Memorandum on the prevention of leprosy by segregation of the affected
Disease focus: Leprosy
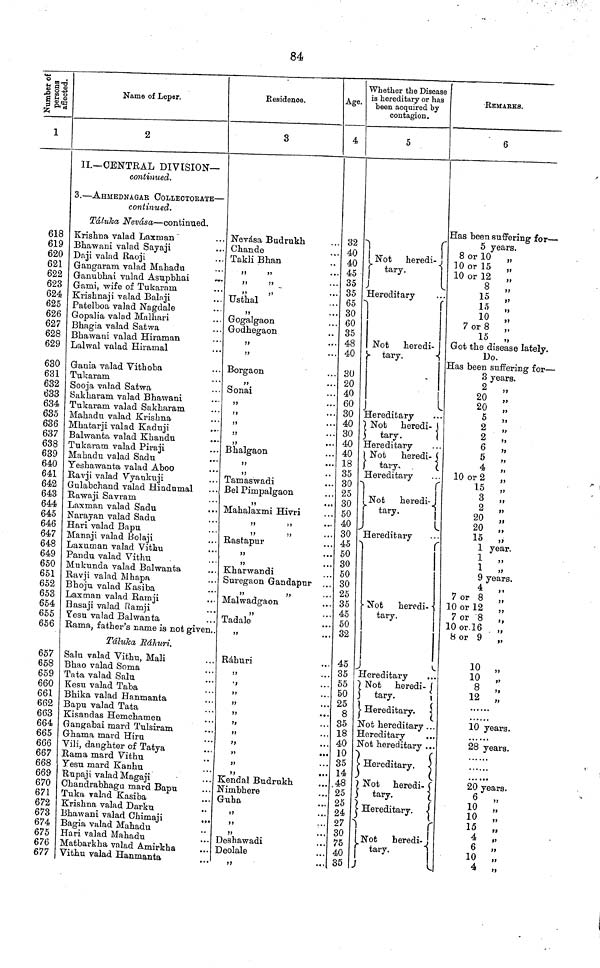
84
Number of
persons
affected.
1
618
619
620
621
622
623
624
625
626
627
628
629
630
631
632
633
634
635
636
637
638
639
640
641
642
643
644
645
646
647
648
649
650
651
652
653
654
655
656
657
658
659
660
661
662
663
664
665
666
667
668
669
670
671
672
673
674
675
676
677
Name of Leper.
2
II.— CENTRAL DIVISION—
continued.
3. — AHMEDNAGAR COLLECTORATE —
continued.
Táluka Nevása — continued,
Krishna valad Laxman
Bhawani valad Sayaji
Daji valad Raoji
Gangaram valad Mahadu
Ganubhai valad Asupbhai
Gami, wife of Tukaram
Krishnaji valad Balaji
Patelboa valad Nagdale
Gopalia valad Malhari
Bhagia valad Satwa
Bhawani valad Hiraman
Lalwal valad Hiramal
Gania valad Vitboba
Tukaram
Sooja valad Satwa
Sakharam valad Bhawani
Tukaram valad Sakharam
Mahadu valad Krishna
Mhatarji valad Kaduji
Balwanta valad Khandu
Tukaram valad Piraji
Mahadu valad Sadu
Yeshawanta valad Aboo
Ravji valad Vyankuji
Gulabchand valad Hindumal
Rawaji Savram
Laxman valad Sadu
Narayan valad Sadu
Hari valad Bapu
Manaji valad Bolaji
Laxuman valad Vithu
Pandu valad Vithu
Mukunda valad Balwanta
Ravji valad Mhapa
Bhoju valad Kasiba
Laxman valad Ramji
Hasaji valad Ramji
Yesu valad Balwanta
Rama, father's name is not given..
Táluka Ráhuri.
Salu valad Vithu, Mali
Bhao valad Soma
Tata valad Salu
Kesu valad Taba
Bhika valad Hanmanta
Bapu valad Tata
Kisandas Hemchamen
Gangabai mard Tulsiram
Ghama mard Hiru
Vili, daughter of Tatya
Rama mard Vithu
Yesu mard Kanhu
Rupaji valad Magaji
Chandrabhaga mard Bapu
Tuka valad Kasiba
Krishna valad Darku
Bhawani valad Chimaji
Bagia valad Mahadu
Hari valad Mahadu
Matbarkha valad Amirkha
...
Vithu valad Hanmanta
Residence,
3
Nevása Budrukh
Chande
Takli Bhan
,,
,,
,,
Usthal
,,
Gogalgaon
Godhegaon
,,
...
Borgaon
,,
...
Sonai
...
,,
...
...
Bhalgaon
,,
,,
Tamaswadi
Bel Pimpalgaon
,,
•••
Mahal axmi Hivri
,,
,,
Rastapur
,,
Kharwandi
Suregaon Gandapur ...
,,
...
Malwadgaon
,,
...
Tadale
...
Ráhuri
...
,,
.,
Kendal Budrukh
Nimbhere
Guha
Deshawadi
Deolale
,,
Age.
4
32
40
40
45
35
35
65
30
60
35
48
40
30
20
40
60
30
40
30
40
40
18
35
30
25
30
50
40
30
45
50
30
50
30
25
35
45
50
32
45
35
55
50
25
8
35
18
40
10
35
14
48
25
25
24
27
30
75
40
35
Whether the Disease
is hereditary or has
been acquired by
contagion.
5
Not
heredi-
tary.
Hereditary
Not heredi-
tary.
Hereditary
Not heredi-
tary.
Hereditary
Not
heredi-
tary. .
Hereditary
Not
heredi-
tary.
Hereditary
Not
heredi-
tary.
Hereditary
Not heredi- |
tary.
Hereditary.
Not hereditary ...
Hereditary
Not hereditary . . .
Hereditary.
Not heredi-
tary.
Hereditary.
Not
heredi-
tary.
REMARKS.
6
Has been suffering for —
5 years.
8 or 10 „
10 or 15 „
10 or 12 „
8 „
15
,
15
,
10
,
7 or 8
15
Got the disease lately.
Do.
Has been suffering for —
3 years.
2
,,
20
„
20 „
5 „
2
„
2 „
6
„
5 „
4
10 or 2 „
15 „
7
3 „
2 „
20
20
„
15 „
1 year.
1
1
9 years.
4
7 or 8
10 or 12 „
7 or 8 „
10 or l6
„
8 or 9
10 „
8
,,
12 ,
10 years.
28 years.
20 years.
6
„
10 „
10
15
4
6
10
4